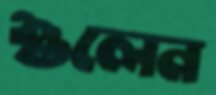
শুলেন